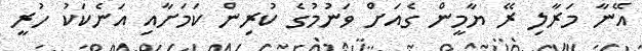
އޭނާ މަރާލި ރޭ ޔާމީން ގެއަށް ވަނުމުގެ ކުރިން ކަމަށާއި އަނެކަކު ހުރީ